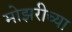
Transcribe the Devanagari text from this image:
मोझरीच्या